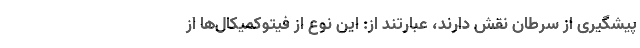
پیشگیری از سرطان نقش دارند، عبارتند از: این نوع از فیتوکمیکال‌ها از